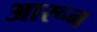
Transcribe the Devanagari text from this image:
आरून